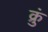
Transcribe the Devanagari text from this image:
क्रुं